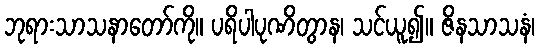
ဘုရားသာသနာတော်ကို။ ပရိပါပုဏိတွာန၊ သင်ယူ၍။ ဇိနသာသနံ၊